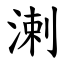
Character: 溂